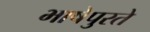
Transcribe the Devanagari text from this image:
भाषेपुरते